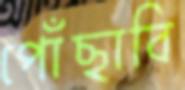
পোঁছাবি